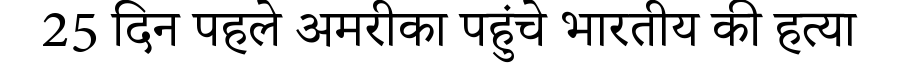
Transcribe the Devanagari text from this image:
25 दिन पहले अमरीका पहुंचे भारतीय की हत्या